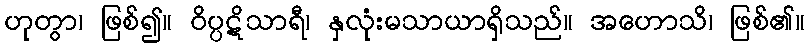
ဟုတွာ၊ ဖြစ်၍။ ဝိပ္ပဋိသာရီ၊ နှလုံးမသာယာရှိသည်။ အဟောသိ၊ ဖြစ်၏။